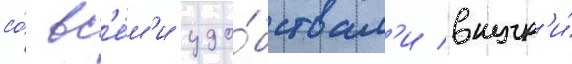
со́ вс'е́м'и удо́бствам'и внутр'и́